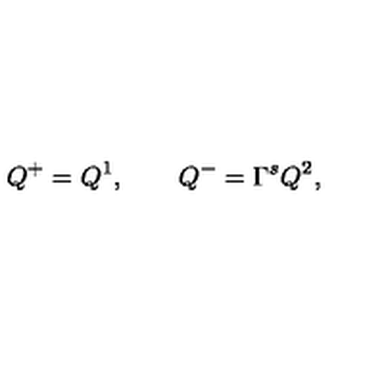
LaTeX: Q ^ { + } = Q ^ { 1 } , \qquad Q ^ { - } = \Gamma ^ { s } Q ^ { 2 } ,